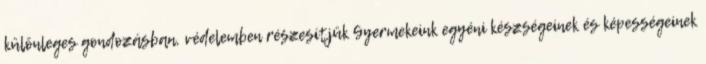
különleges gondozásban, védelemben részesítjük Gyermekeink egyéni készségeinek és képességeinek